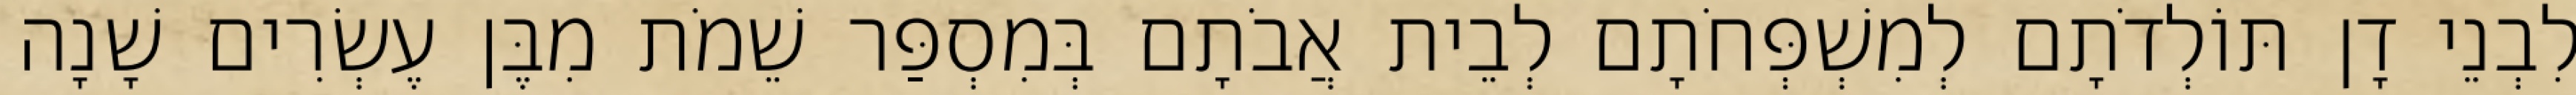
לִבְנֵי דָן תּוֹלְדֹתָם לְמִשְׁפְּחֹתָם לְבֵית אֲבֹתָם בְּמִסְפַּר שֵׁמֹת מִבֶּן עֶשְׂרִים שָׁנָה